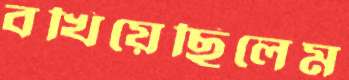
বখিয়েছিলেম